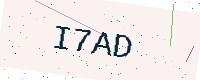
Text: I7AD